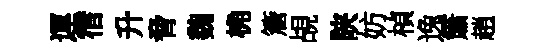
運宿升脅魏桷簷覘陕妨楨逸簫趙